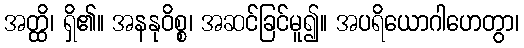
အတ္ထိ၊ ရှိ၏။ အနနုဝိစ္စ၊ အဆင်ခြင်မူ၍။ အပရိယောဂါဟေတွာ၊